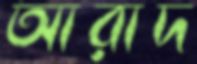
আরাদ